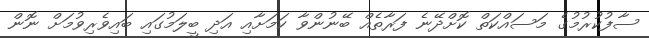
ސާފުކުރުމުގެ މަސައްކަތް ކޮށްދޭނެ ފަރާތެއް ބޭނުންވާ ކަމަށާއި އަދި ބީލަމުގައި ބައިވެރިވުމަށް ނޮން